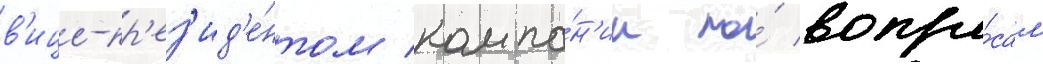
в'ице-пр'ез'ид'е́нтом компа́н'ии по́ вопро́сам